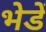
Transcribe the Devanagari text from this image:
भेडें